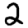
Digit: 2